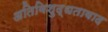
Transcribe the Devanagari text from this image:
अतिविशुद्धतावाद